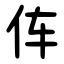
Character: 伡